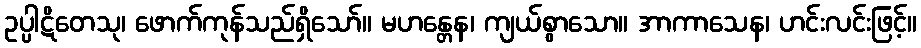
ဥပ္ပါဋိတေသု၊ ဖောက်ကုန်သည်ရှိသော်။ မဟန္တေန၊ ကျယ်စွာသော။ အာကာသေန၊ ဟင်းလင်းဖြင့်။